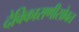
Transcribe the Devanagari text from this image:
देविकाराणीसोबत